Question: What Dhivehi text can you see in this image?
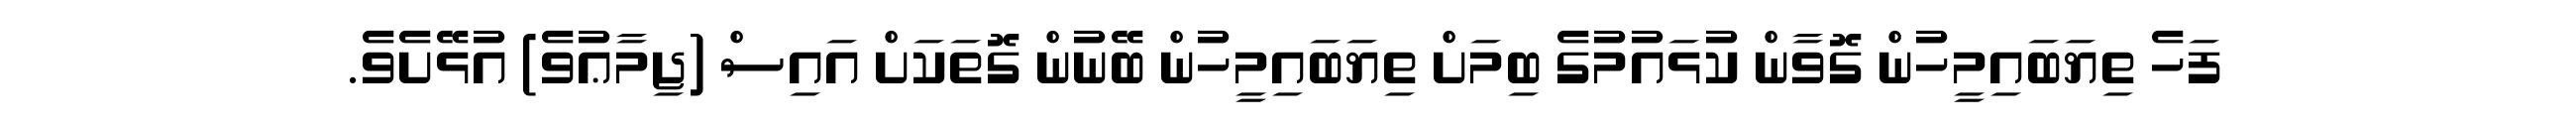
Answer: ފަހެ ތިޔަބައިމީހުން ގޮވާން ކުޅައުމުގެ ބިމަށް ތިޔަބައިމީހުން ބޭނުން ގޮތަކަށް އައިސް (ޖިމާޢުވެ) އުޅޭށެވެ.